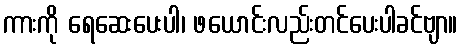
ကားကို ရေဆေးပေးပါ၊ ဖယောင်းလည်းတင်ပေးပါခင်ဗျာ။